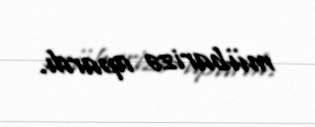
mübarizə apardı.